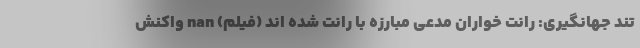
تند جهانگیری: رانت خواران مدعی مبارزه با رانت شده اند (فیلم) nan واکنش